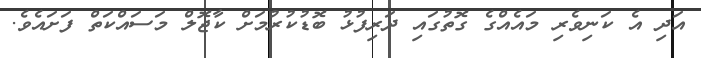
އަދި އެ ކަނިވެރި މައެއްގެ ގޮތުގައި ދަރިފުޅު ބޮޑުކުރުމަށް ކާޖޮލް މަސައްކަތް ފަށައެވެ.